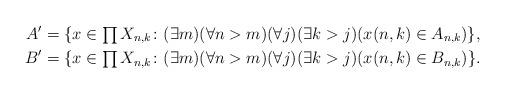
LaTeX: \begin{align*}A' &= \{x \in \textstyle\prod X_{n, k}\colon (\exists m)(\forall n >m)(\forall j)(\exists k >j)(x(n, k) \in A_{n,k})\},\\B' &=\{x \in \textstyle\prod X_{n, k} \colon (\exists m)(\forall n >m)(\forall j)(\exists k >j)(x(n , k) \in B_{n,k})\}.\end{align*}